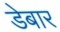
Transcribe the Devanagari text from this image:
डेबार